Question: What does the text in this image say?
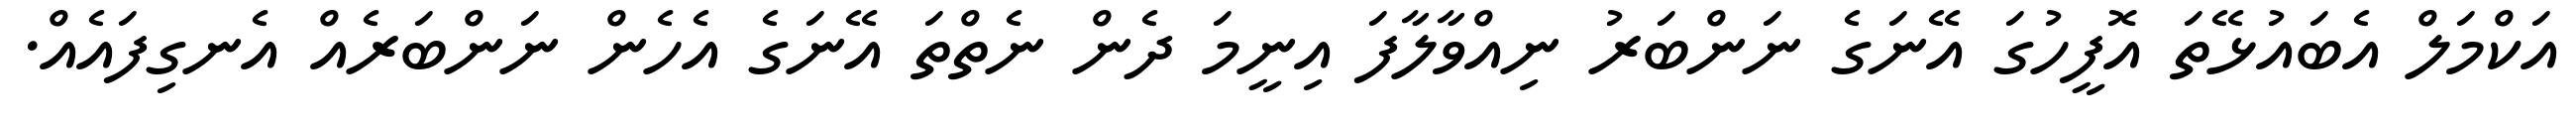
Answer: އަކްމަލް އެބައުޅޭތަ އޮފީހުގަ އޭނަގެ ނަންބަރު ނިއްވާލާފަ އިނީމަ ދެން ނެތްތަ އޭނަގެ އެހެން ނަންބަރެއް އެނގިފައެއް.